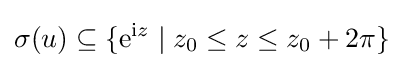
\sigma (u)\subseteq \{\mathrm {e} ^{\mathrm {i} z}\mid z_{0}\leq z\leq z_{0}+2\pi \}